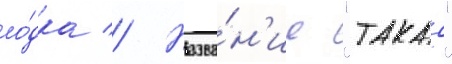
ло́дка // Назва́н'ие "такао"